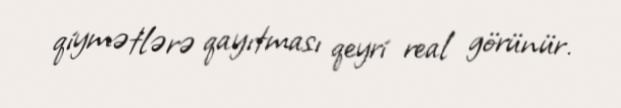
qiymətlərə qayıtması qeyri real görünür.